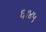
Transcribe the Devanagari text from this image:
६।४५